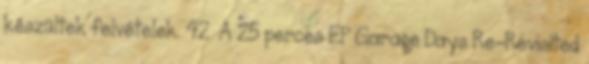
készültek felvételek. 42 A 25 perces EP Garage Days Re-Revisited